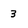
Character: 3